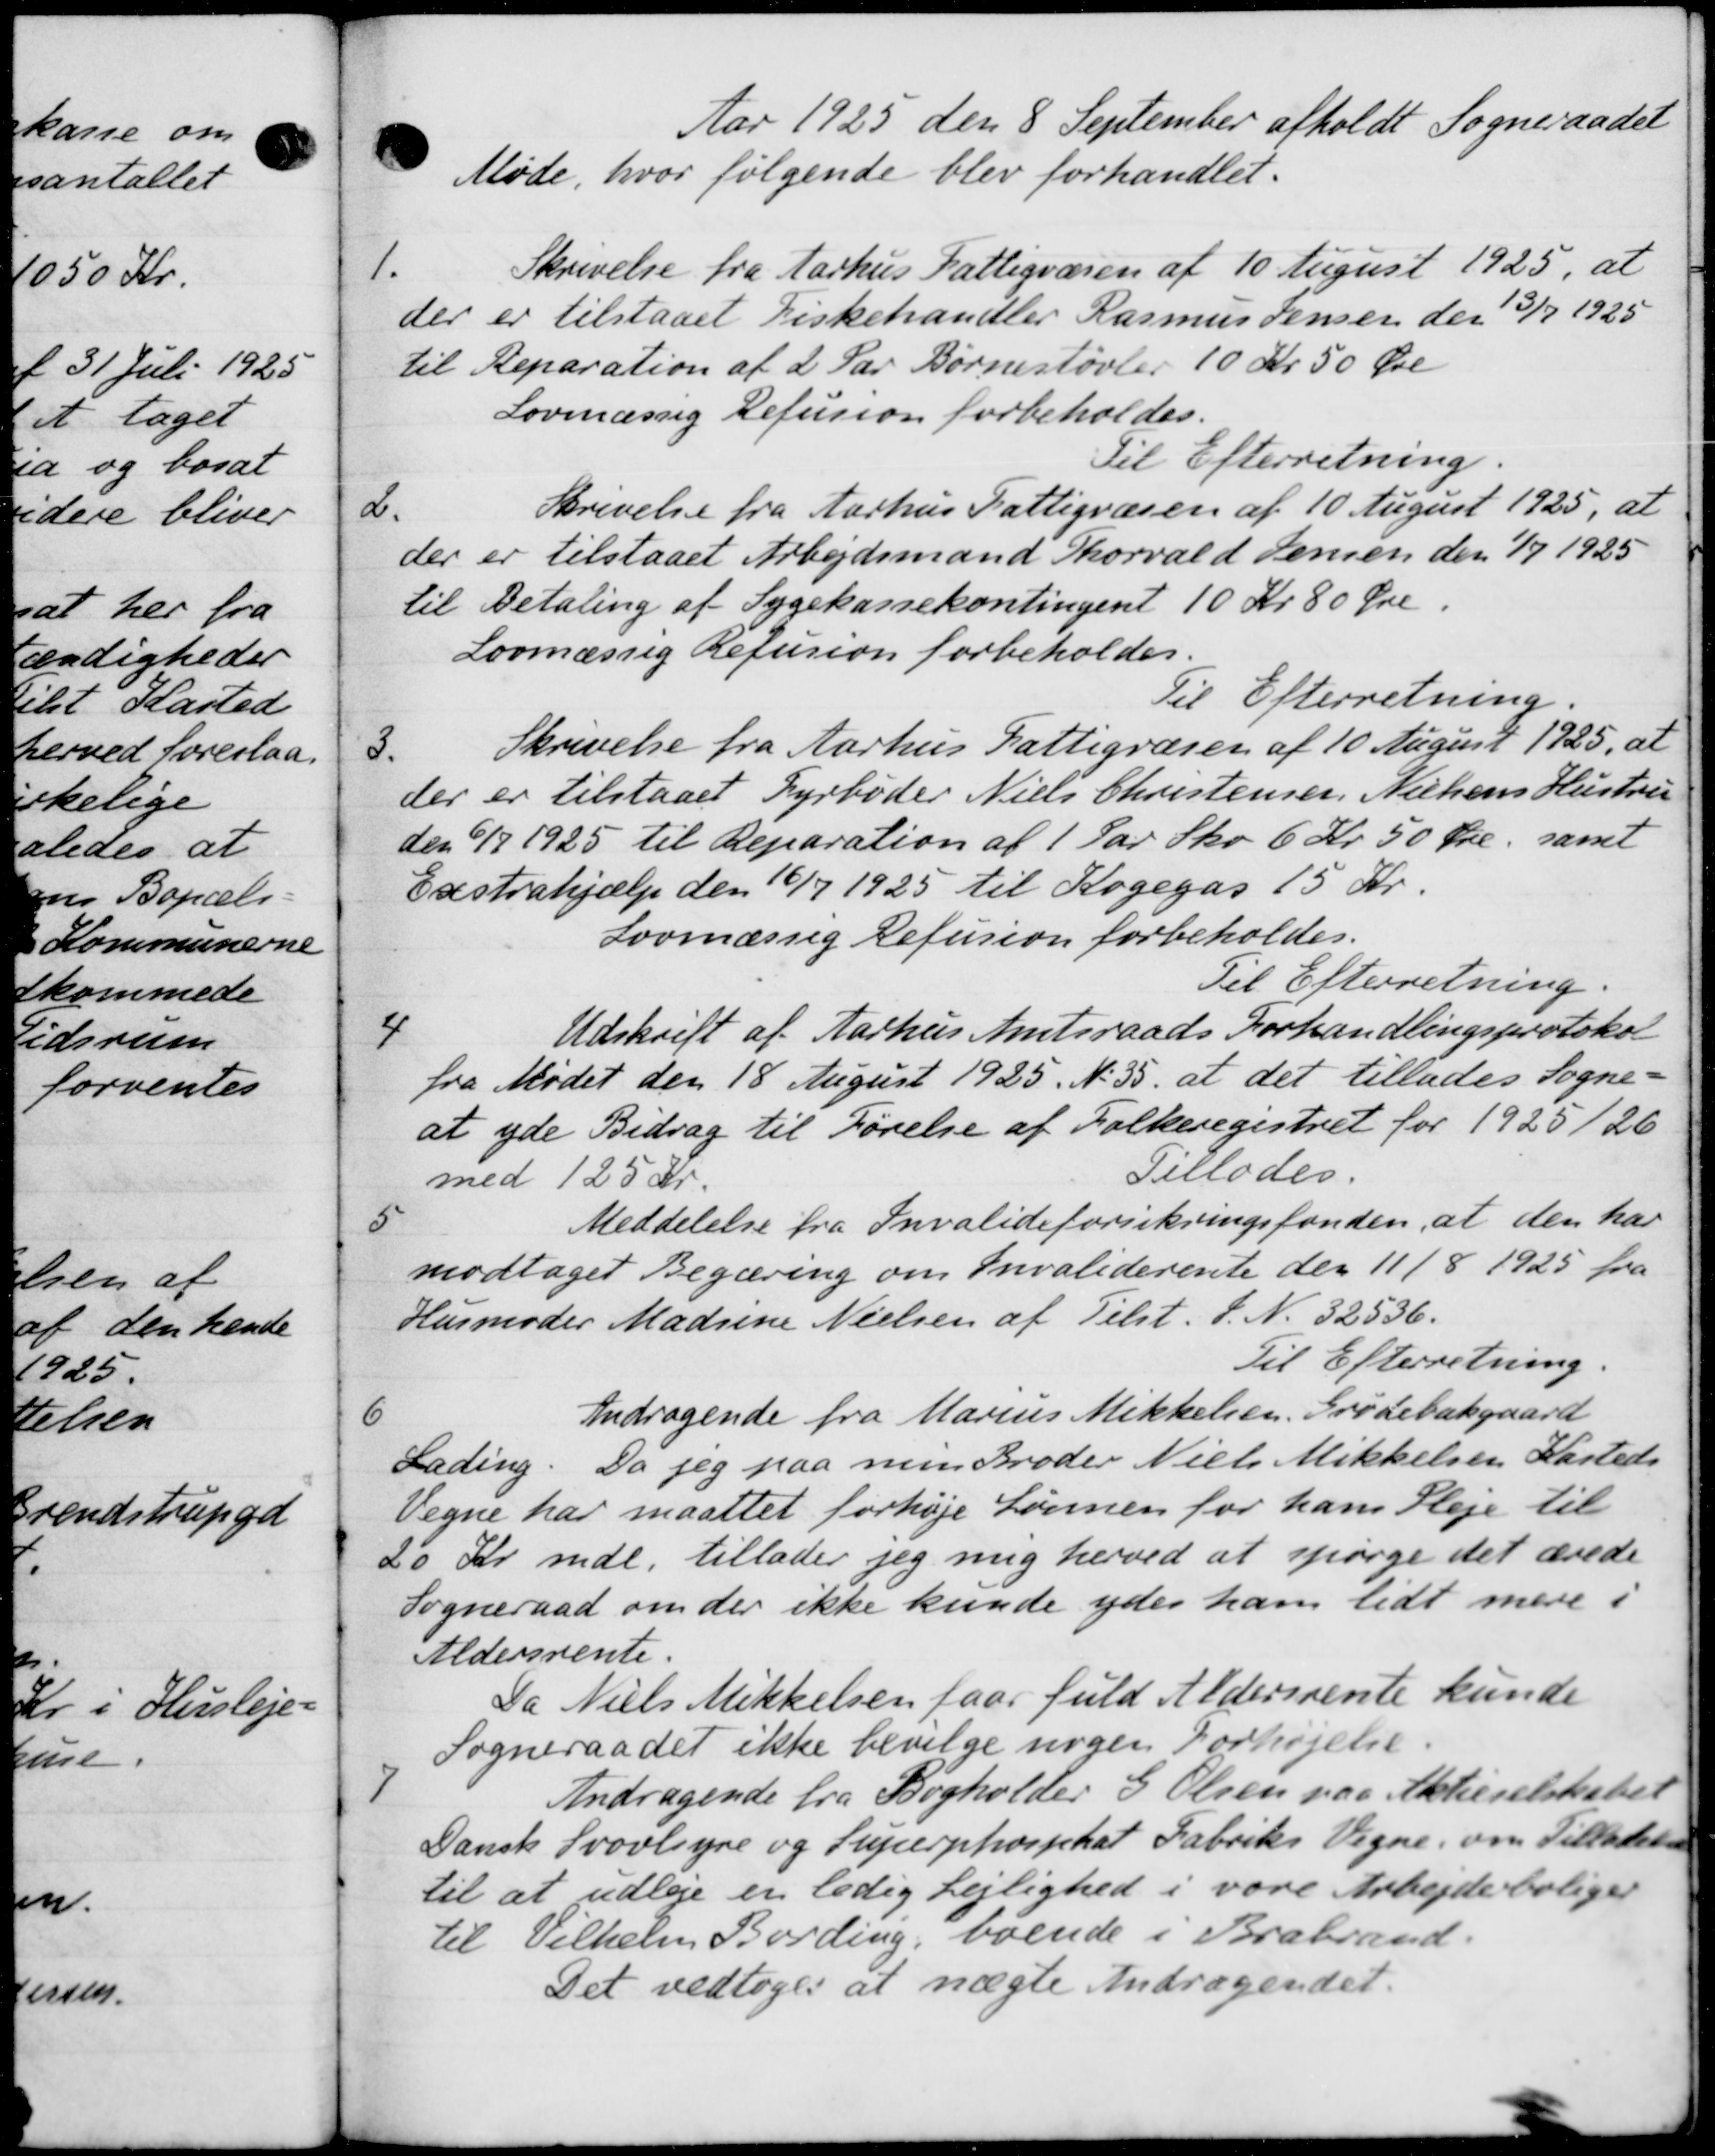
Transskription:
Aar 1925 den 8 September afholdt Sogneraadet
Møde, hvor følgende blev forhandlet.
1.
Skrivelse fra Aarhus Fattigvæsen af 10 August 1925, at
der er tilstaaet Fiskehandler Rasmus Jensen der 3/7 1925
til Reparation af 2 Par Børnestøvler 10 Kr. 50 Øre
Lovmæssig Refusion forbeholdes.
Til Efterretning.
2.
Skrivelse fra Aarhus Fattigvæsen af 10 August 1925, at
der er tilstaaet Arbejdsmand Thorvald Jensen den 1/7 1925
til Betaling af Sygekassekontingent 10 Kr 80 Øre.
Lovmæssig Refusion forbeholdes.
Til Efterretning
3
Skrivelse fra Aarhus Fattigvæsen af 10 August 1925, at
der er tilstaaet Fyrbøder Niels Christensen Nielsens Hustru
den 6/7 1925 til Reparation af 1 Par Sko 6 Kr. 50 Øre, samt
Exstrahjælp den 16/7 1925 til Kogegas 15 Kr.
Lovmæssig Refusion forbeholdes.
Til Efterretning.

Udskrift af Aarhus Amtsraads Forhandlingsprotokol
fra Mødet den 18 August 1925. N. 35, at det tillades Sogne-
at yde Bidrag til Førelse af Folkeregistret for 1925/26
Tillades.
med 125 Kr.
5
Meddelelse fra Invalideforsikringsfonden, at den har
modtaget Begæring om Invaliderente den 11/8 1925 fra
Husmoder Madsine Nielsen af Tilst. S. N. 32536.
Til Efterretning.
6
Andragende fra Marius Mikkelsen, Grødebækgaard
Lading. Da jeg paa mun Broder Niels Mikkelsen Kasteds
Vegne har maattet forhøje Lønnen for hans Pleje til
20 Kr. mdl. tillader jeg mig herved at spørge det ærede
Sogneraad om der ikke kunde ydes ham lidt mere i
Aldersrente.
Da Niels Mikkelsen faar fuld Aldersrente kunde
Sogneraadet ikke bevilge nogen Forhøjelse.

Andragende fra Bogholder S. Olsen paa Aktieselskabet
Dansk Svovlsyne og Superphosphat Fabriks Vegne, om Tilladelse
til at udleje er ledig Lejlighed i vare Arbejde boliger
til Vilhelm Bording, boende i Brabrand.
Det vedtoges at nægte Andragendet.